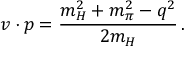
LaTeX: v \cdot p = { \frac { m _ { H } ^ { 2 } + m _ { \pi } ^ { 2 } - q ^ { 2 } } { 2 m _ { H } } } \, .